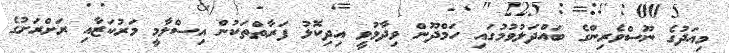
މިއަދުގެ ނޫސްވެރިންގެ ބައްދަލުވުމުގައި ހަމްދޫން ވިދާޅުވީ އިދިކޮޅު ފަރާތްތަކުން އިސްލާމީ މަރުކަޒާއި ރަށްރަށުގެ